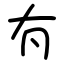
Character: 𠕇